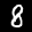
Label: 8